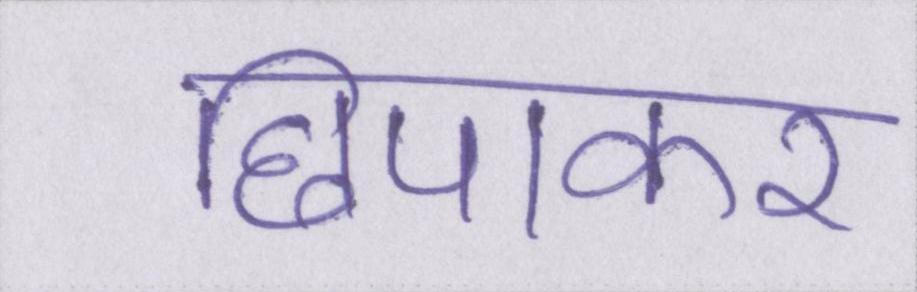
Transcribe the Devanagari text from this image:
छिपाकर